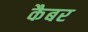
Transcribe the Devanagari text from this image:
कैबर